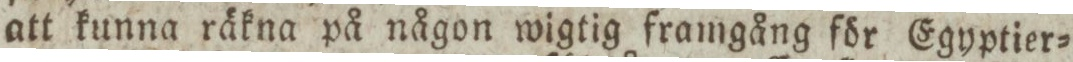
att kunna räkna på någon wigtig framgång för Egyptier=